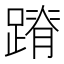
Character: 蹐